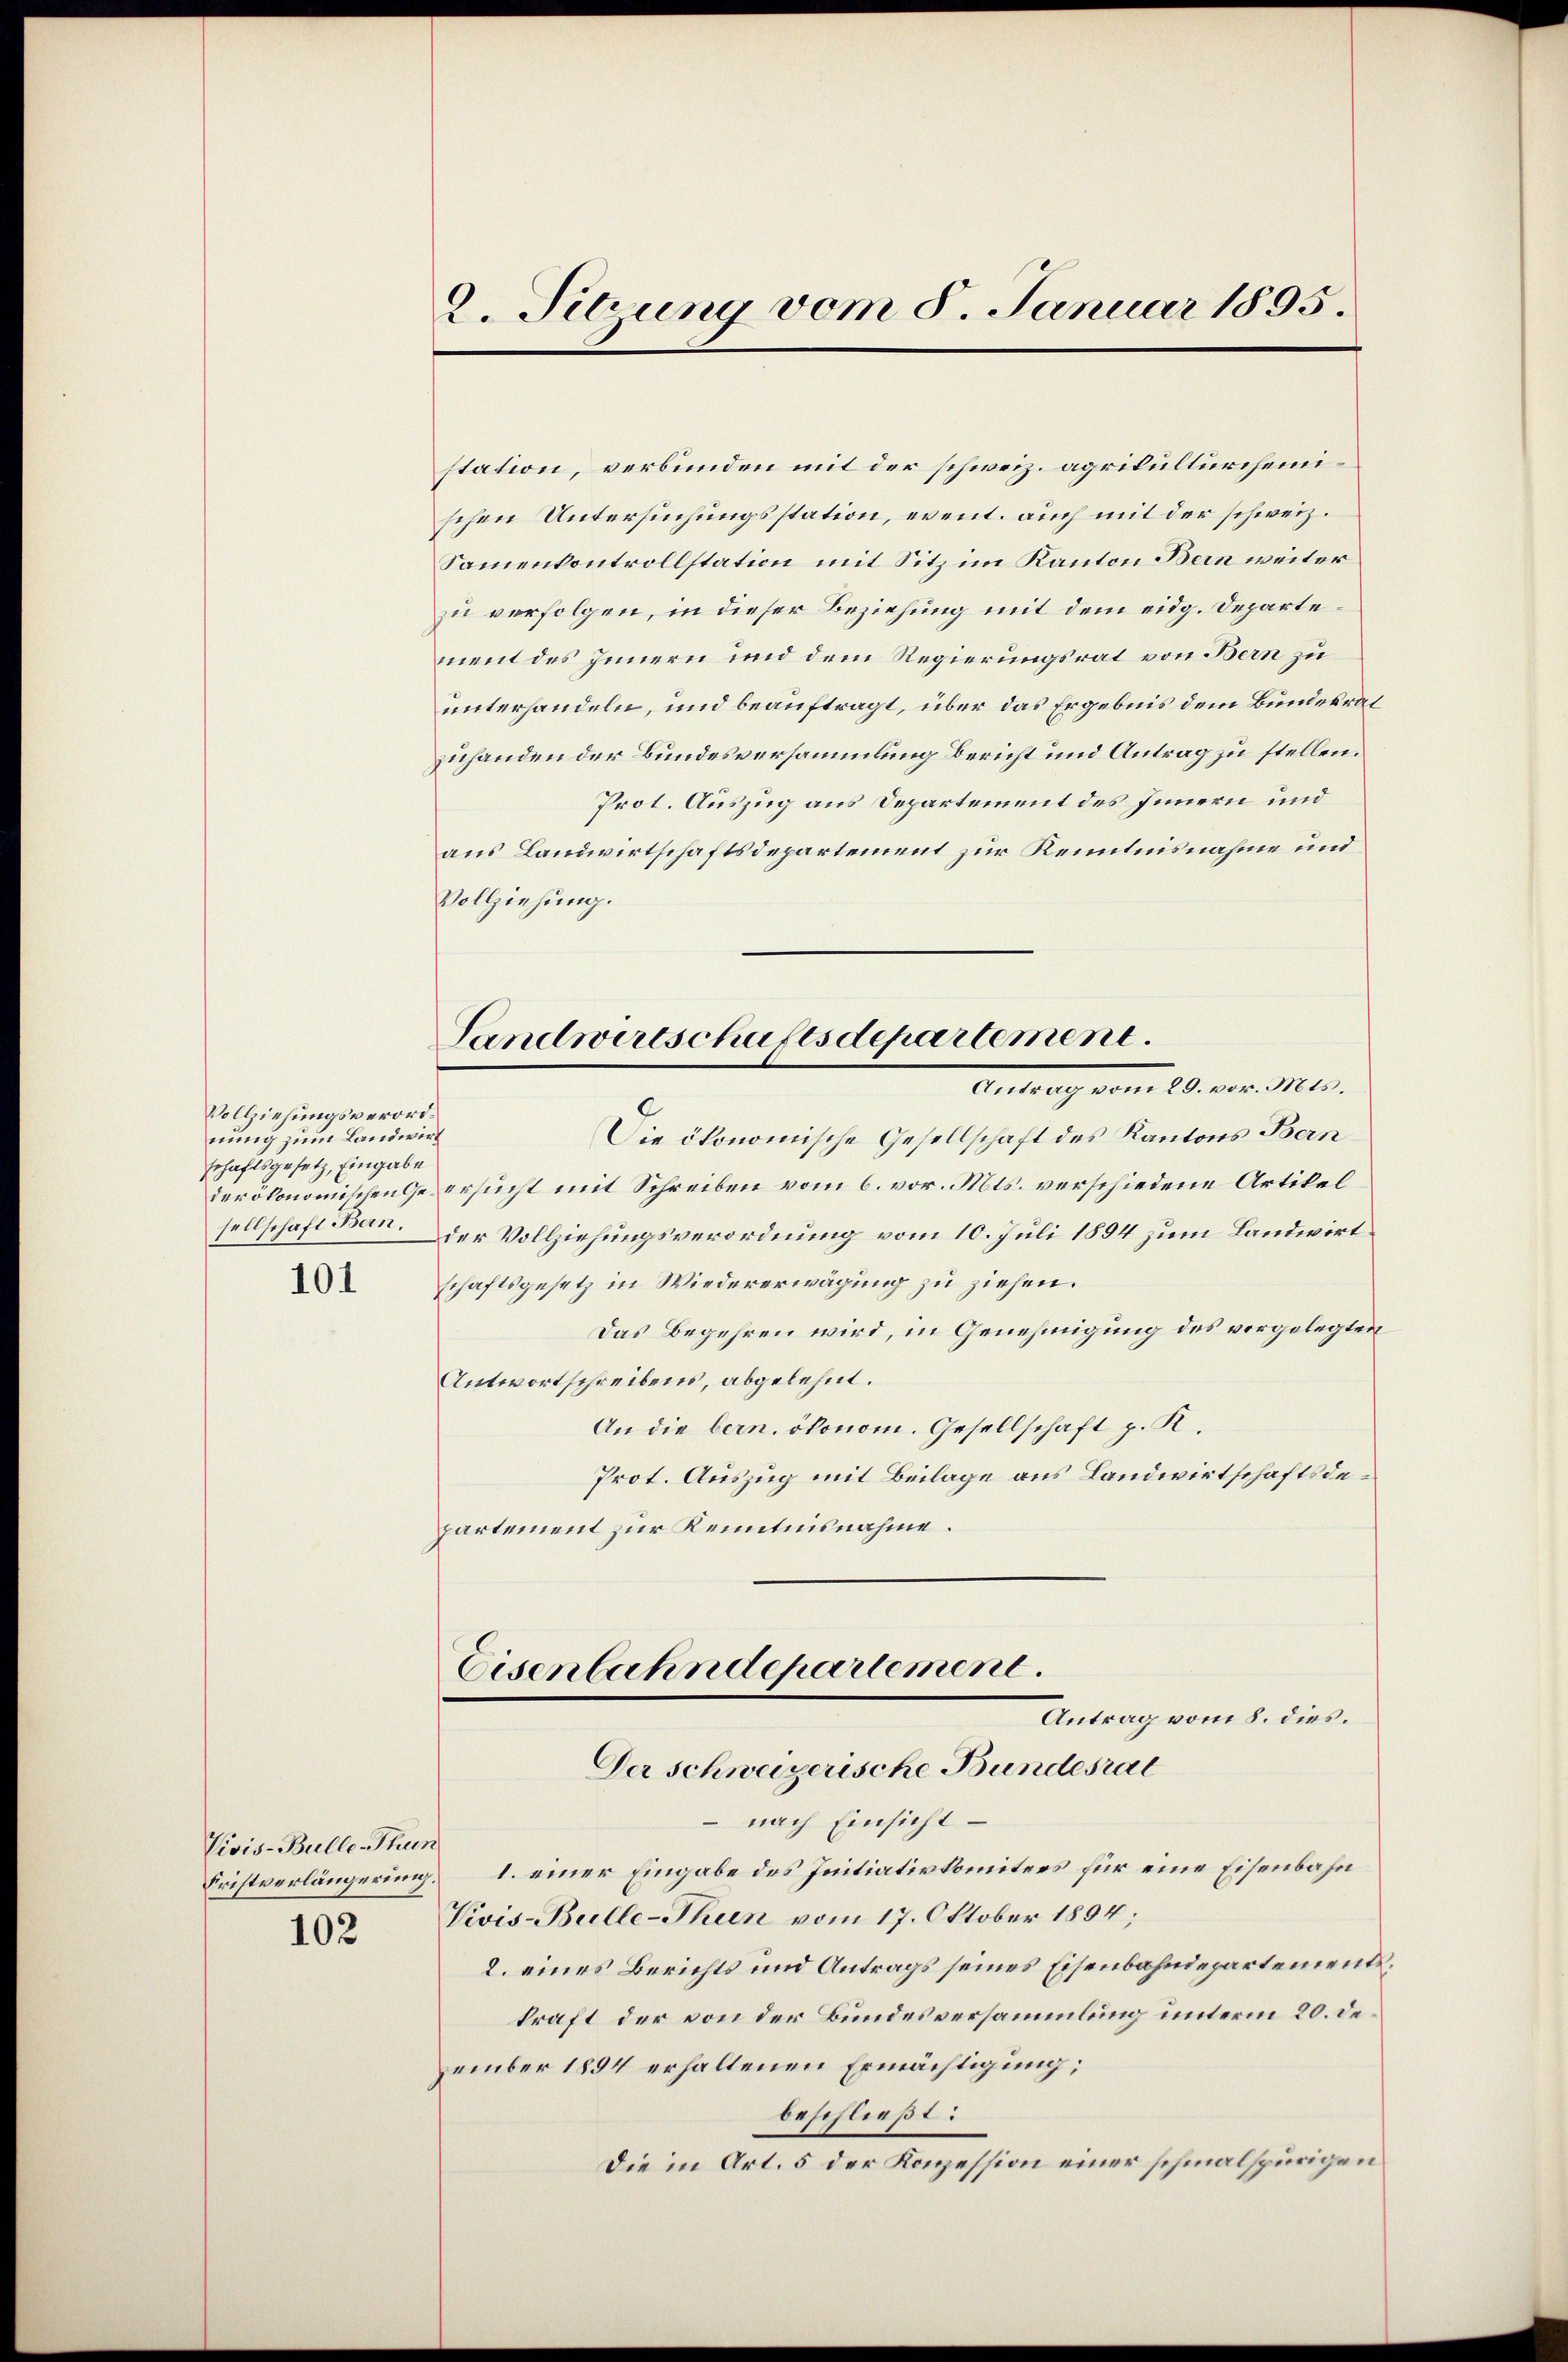
Vollziehungsverordnung zum Landwirt
schaftsgesetz, Eingabe

101

Vivis-Bulle-Thun
102

2. Sitzung vom 8. Januar 1895.

station, verbunden mit der schweiz. agrikulturcheinischen Untersuchungsstation, event. auch mit der schweiz.
Samenkontrollstation mit Sitz im Kanton Bern weiter
zu verfolgen, in dieser Beziehung mit dem eidg. Departement des Innern und dem Regierungsrat von Bern zu
unterhandeln, und beauftragt, über das Ergebnis dem Bundesrat
zuhanden der Bundesversammlung bericht und Antrag zu stellen.
Prot. Auszug aus Departement des Innern und
aus Landwirtschaftsdepartement zur Kenntnisnahme und
Vollziehung.
Die ökonomische Gesellschaft des Kantons Bern
der ökonomischen Ge ersucht mit Schreiben vom 6. vor. Mts. verschiedene Artikel
sellschaft Bern. Der Vollziehungsverordnung vom 10. Juli 1894 zum Landwirt
schaftsgesetz in Wiedererwägung zu ziehen.
Das Begehren wird, in Genehmigung des vorgelegten
Antwortschreibens, abgelehnt.
An die bern. ökonom. Gesellschaft p. R.
Prot. Auszug mit Beilage aus Landwirtschaftsdepartement zur Kenntnisnahme.
Eisenbahndepartement.
Antrag vom 8. dies.
Der schweizerische Bundesrat
nach Einsicht
Fristverlängerung 1. einer Eingabe des Initiativkomitees für eine Eisenbahn
Vivis-Bulle-Thun vom 17. Oktober 1894;
2. eines Berichts und Antrags seines Eisenbahndepartementskraft der von der Bundesversammlung unterm 20. de.
zember 1894 erhaltenen Ermächtigung;
beschließt:
Die in Art. 5 der Konzession einer schmalspurigen

Sandwirtschuftsdepartement.
Antrag vom 20. vor. Mts.